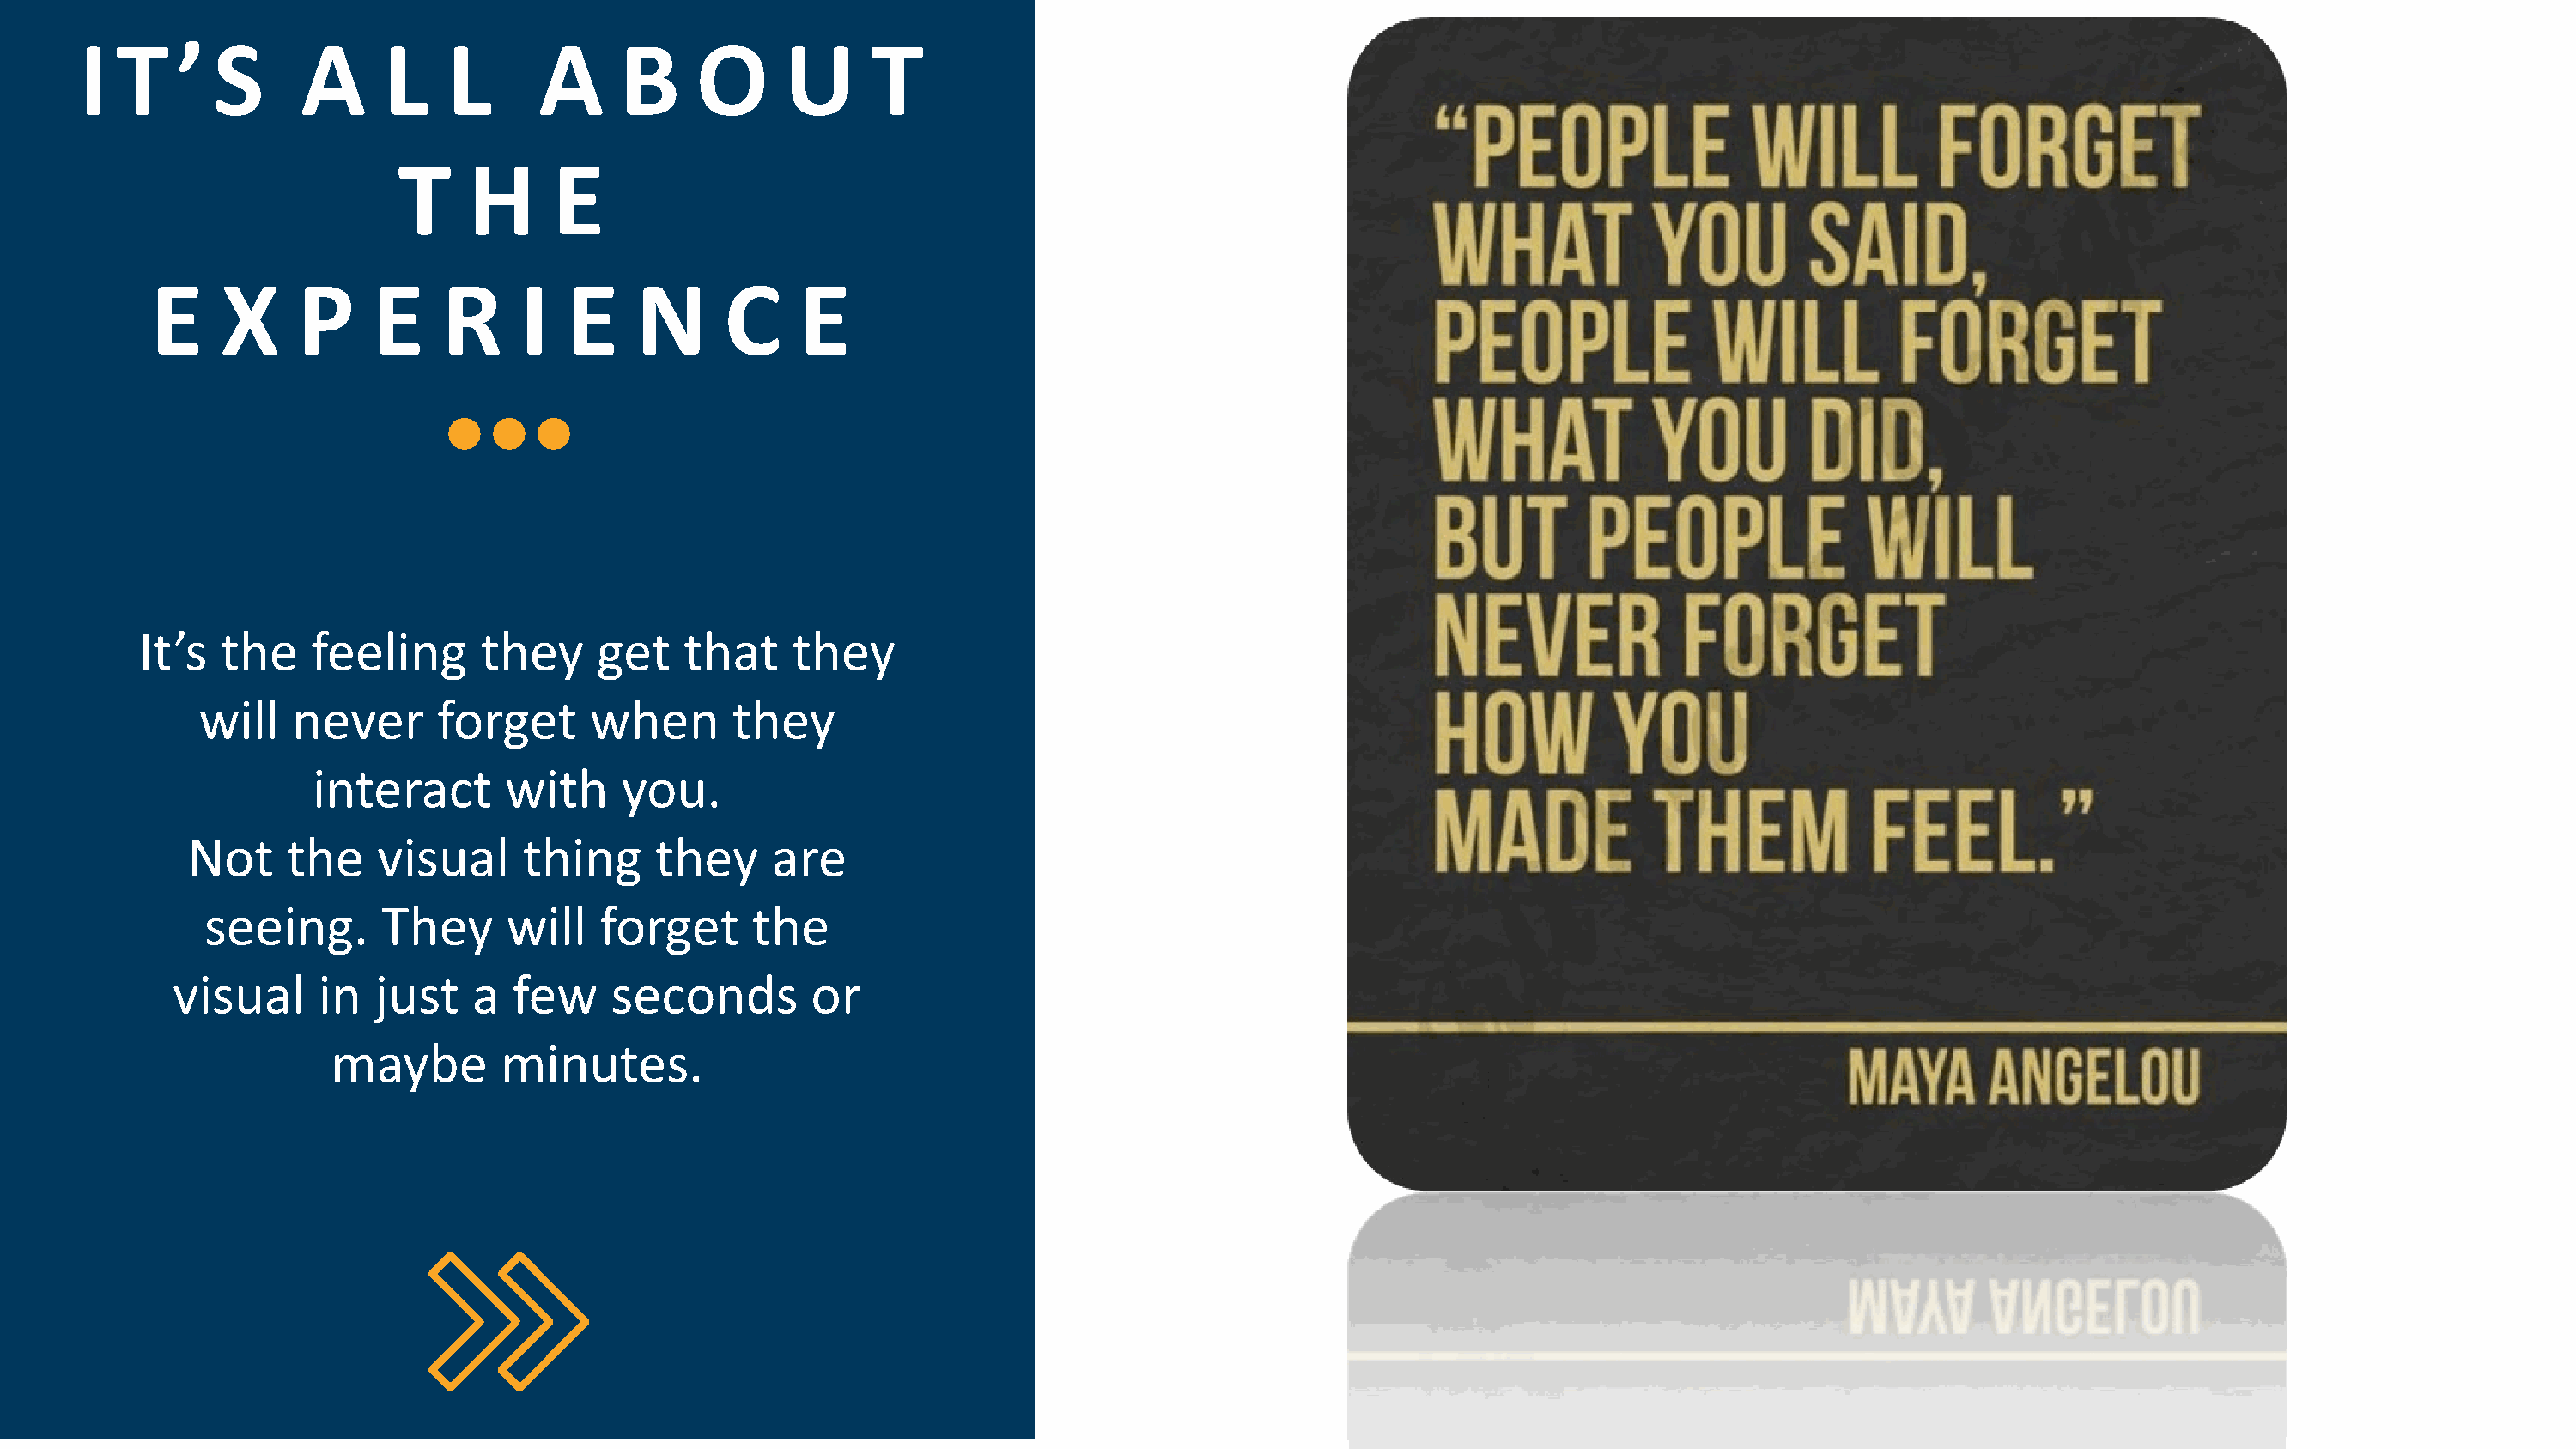
I  T    ’ S      A      L   L       A     B     O      U     T
 T    H      E
 E    X     P     E    R     I   E    N      C     E
 It’s  the    feeling      they     get    that    they
 will    never      forget     when       they
 interact       with     you.
 Not     the    visual     thing      they    are
 seeing.      They      will   forget      the
 visual      in  just   a   few    seconds         or
 maybe        minutes.